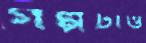
গল্পটাও